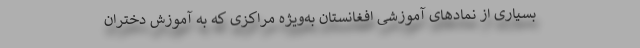
بسیاری از نمادهای آموزشی افغانستان به‌ویژه مراکزی که به آموزش دختران